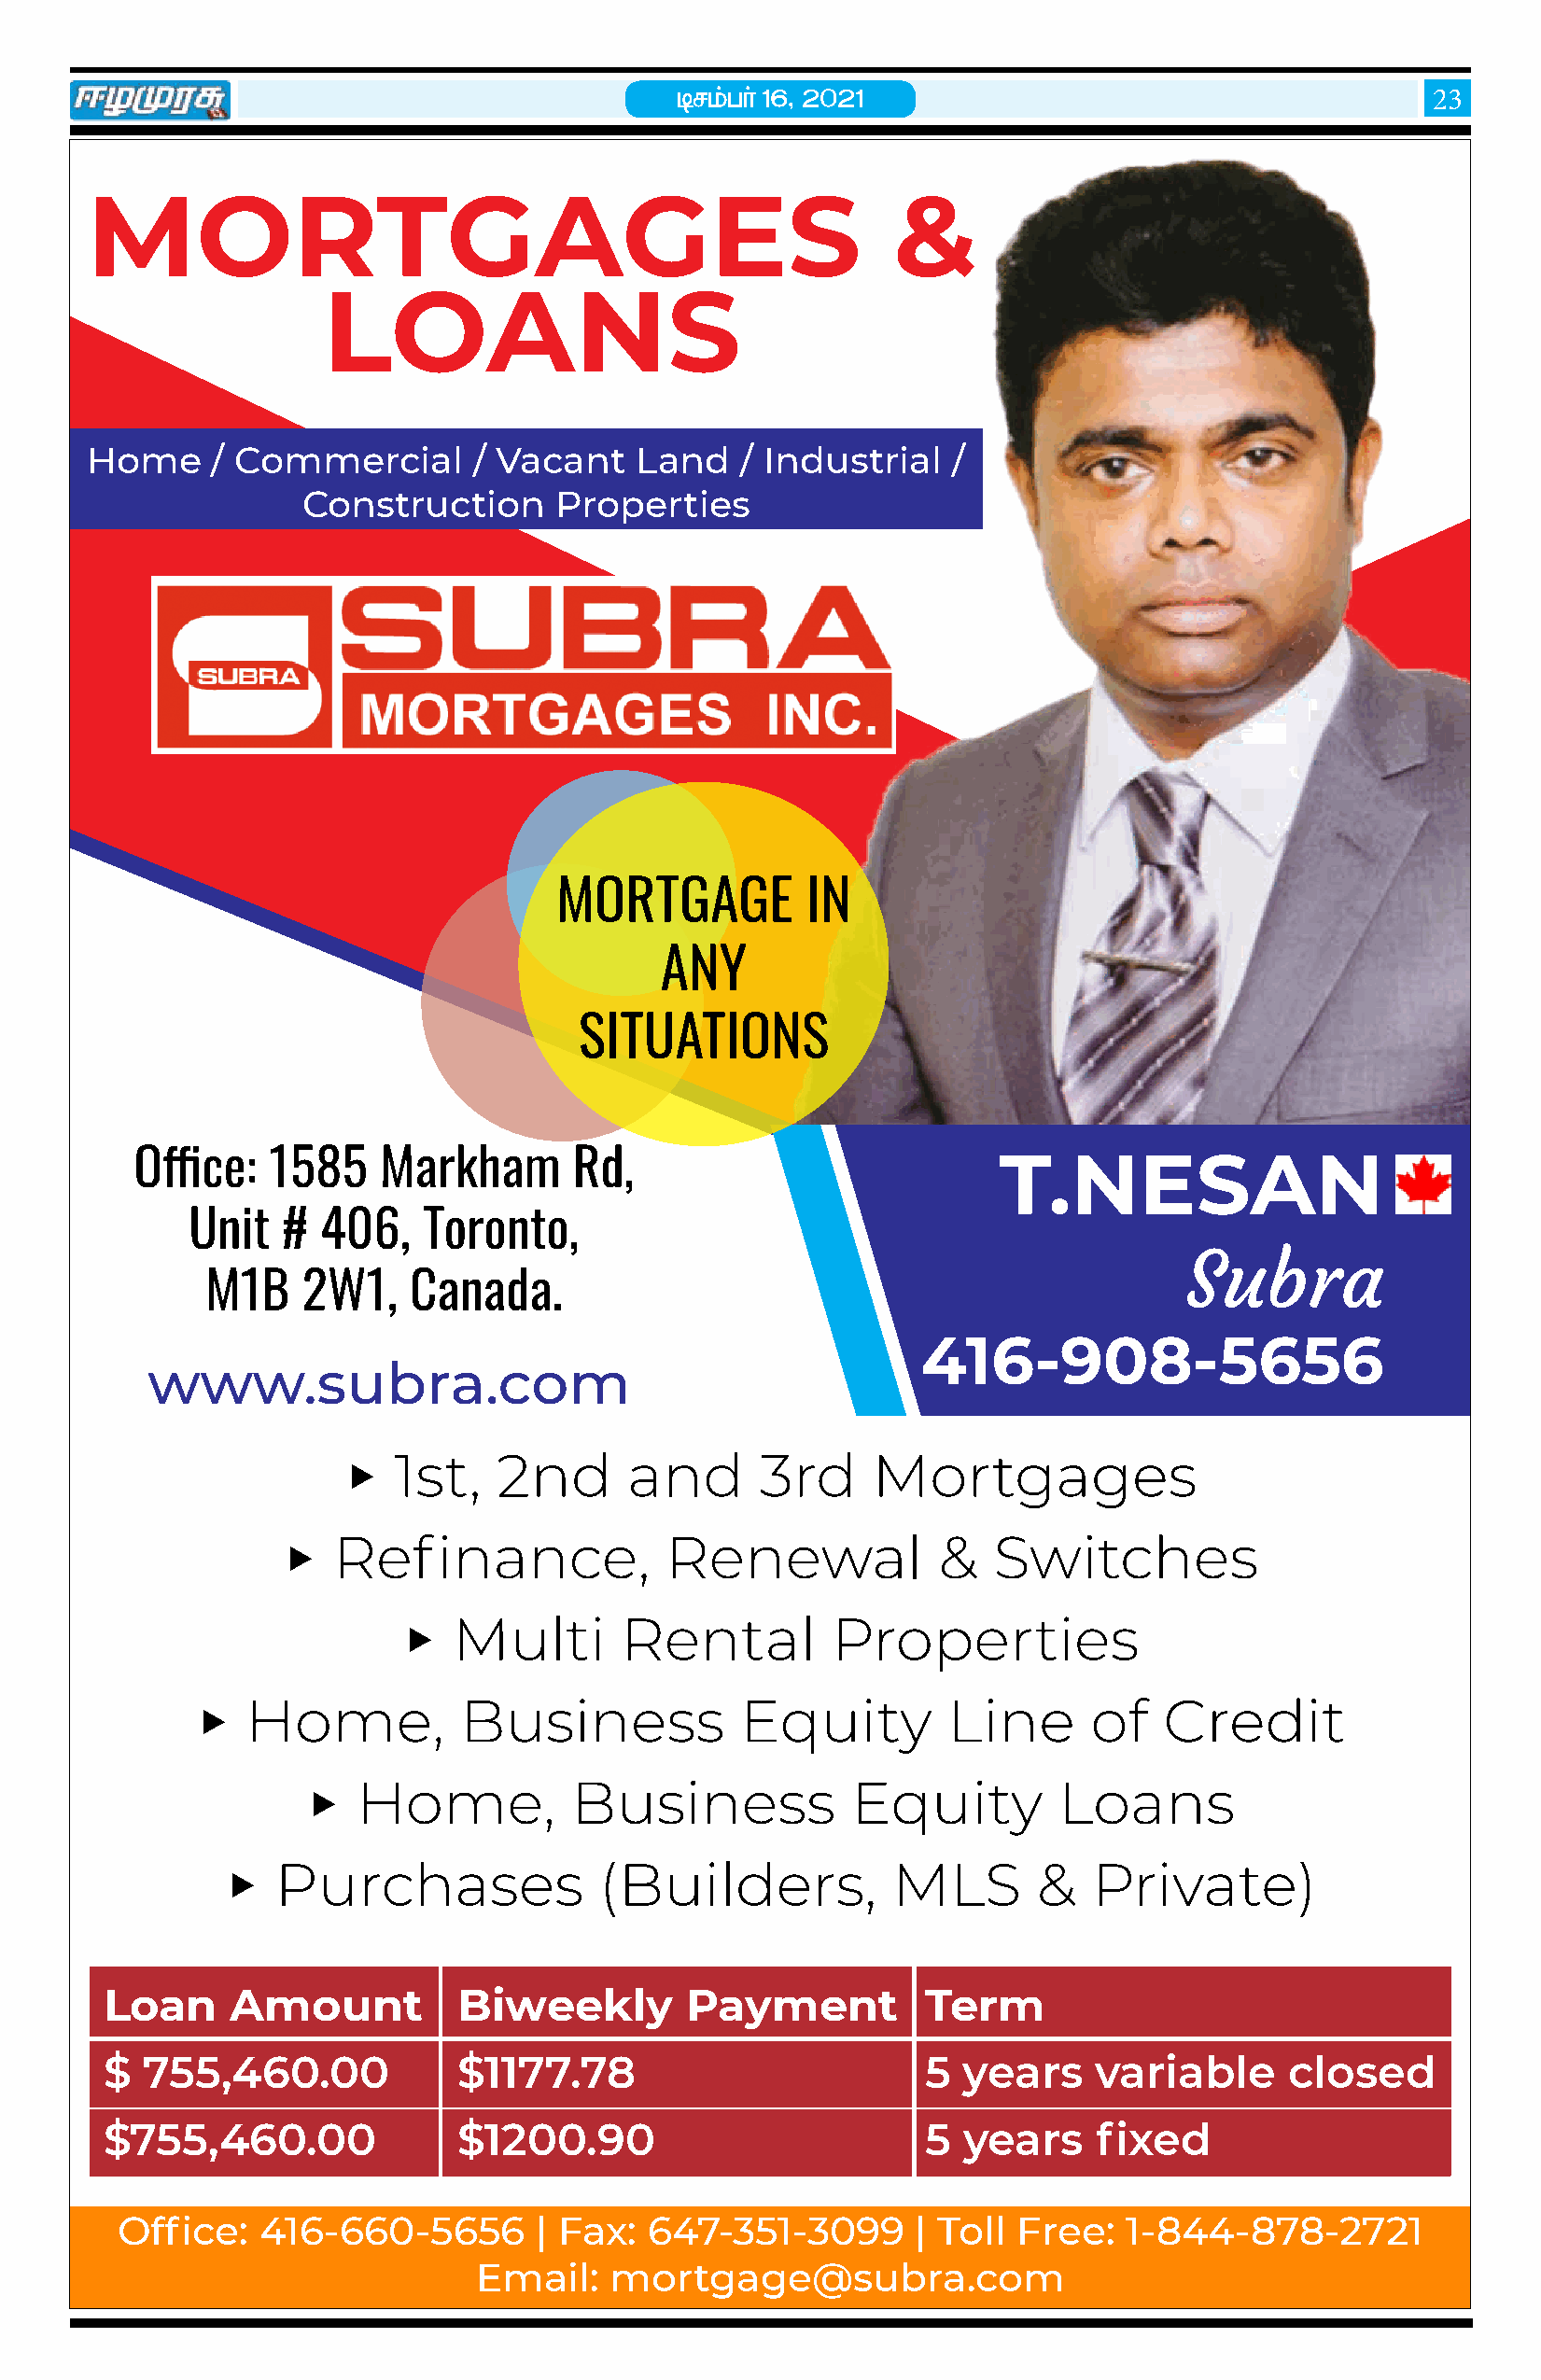
brkg; h ;; 16> 2021
 23
 MORTGAGES                                                &
 LOANS
 Home     / Commercial       / Vacant   Land    / Industrial   /
 Construction      Properties
 MORTGAGE          IN
 ANY
 SITUATIONS
 Office:   1585    Markham       Rd,                           T.NESAN
 Unit   #  406,   Toronto,
 Subra
 M1B   2W1,    Canada.
 416-908-5656
 www.subra.com
 1st,   2nd      and       3rd     Mortgages
 
 Refinance,             Renewal             &  Switches
 
 Multi       Rental         Properties
 
 Home,           Business           Equity         Line      of   Credit
 
 Home,          Business            Equity         Loans
 
 Purchases              (Builders,           MLS        &  Private)
 
 Loan     Amount          Biweekly         Payment          Term
 $  755,460.00            $1177.78                          5 years     variable     closed
 $755,460.00              $1200.90                          5 years     fixed
 Office:   416-660-5656        | Fax:  647-351-3099       | Toll Free:   1-844-878-2721
 Email:   mortgage@subra.com